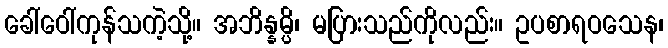
ခေါ်ဝေါ်ကုန်သကဲ့သို့။ အဘိန္နမ္ပိ၊ မပြားသည်ကိုလည်း။ ဥပစာရဝသေန၊